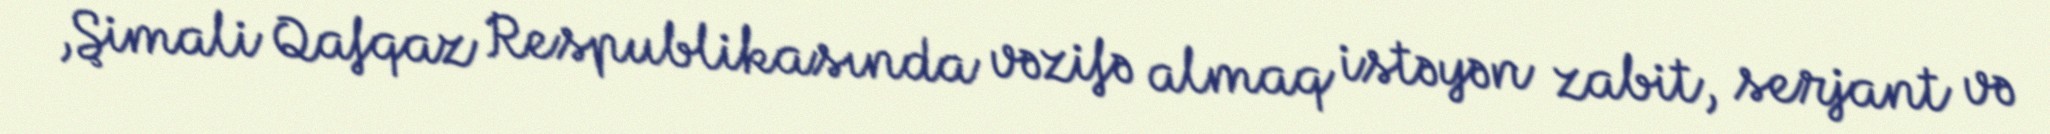
,Şimali Qafqaz Respublikasında vəzifə almaq istəyən zabit, serjant və